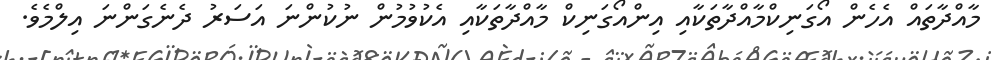
މާއްދާތައް އެހެން އޯގަނިކްމާއްދާތަކާއި އިންއޯގަނިކް މާއްދާތަކާއި އެކުވުމުން ނުކުންނަ އަސަރު ދެނެގަންނަ އިލްމެވެ.